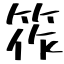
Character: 筰